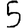
Digit: 5